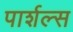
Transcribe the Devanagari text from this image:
पार्शल्स